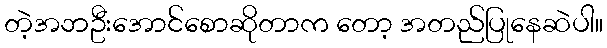
တဲ့အဘဦးအောင်စောဆိုတာက တော့ အတည်ပြုနေဆဲပါ။